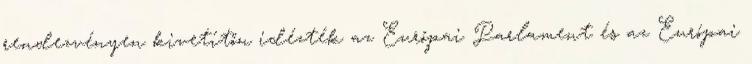
rendezvényen kivetítőn idézték az Európai Parlament és az Európai